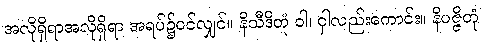
အလိုရှိရာအလိုရှိရာ အရပ်၌ပင်လျှင်။ နိသီဒိတုံ ဝါ၊ ငှါလည်းကောင်း။ နိပဇ္ဇိတုံ